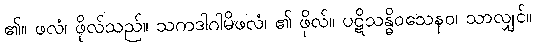
၏။ ဖလံ၊ ဖိုလ်သည်။ သကဒါဂါမိဖလံ၊ ၏ ဖိုလ်။ ပဋိသန္ဓိဝသေနဝ၊ သာလျှင်။